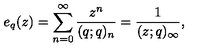
e _ { q } ( z ) = \sum _ { n = 0 } ^ { \infty } \frac { z ^ { n } } { ( q ; q ) _ { n } } = \frac { 1 } { ( z ; q ) _ { \infty } } ,